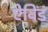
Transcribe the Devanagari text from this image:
ऐविंड